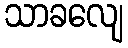
သာခလျေ